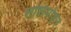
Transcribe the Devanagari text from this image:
शशिमोहन